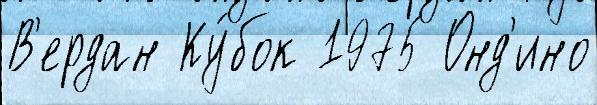
В'ердан Ку́бок 1975 Онд'ино